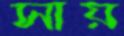
সায়